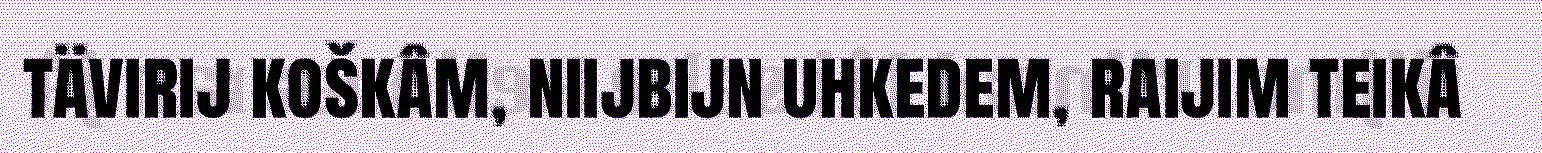
tävirij koškâm, niijbijn uhkedem, raijim teikâ